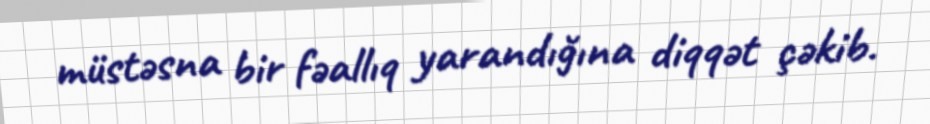
müstəsna bir fəallıq yarandığına diqqət çəkib.